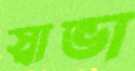
স্বাভা